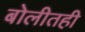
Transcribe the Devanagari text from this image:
बोलीतही